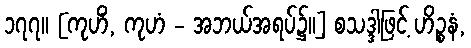
၁၇၇။ [ကုဟိံ, ကုဟံ - အဘယ်အရပ်၌။] စသဒ္ဒါဖြင့် ဟိဉ္စနံ,